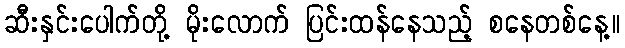
ဆီးနှင်းပေါက်တို့ မိုးလောက် ပြင်းထန်နေသည့် စနေတစ်နေ့။